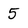
Character: 5